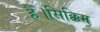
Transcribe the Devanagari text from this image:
हैं।सिक्किम